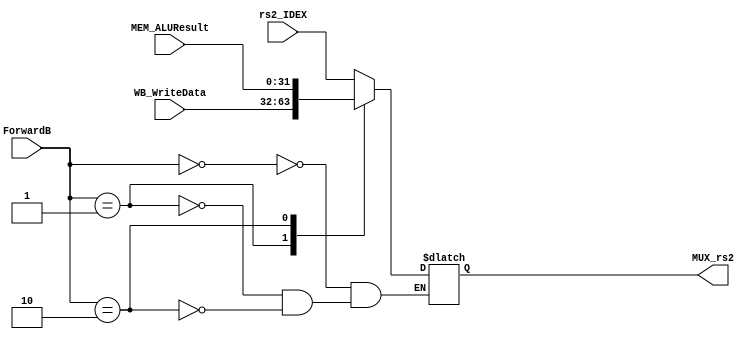
module MUX_Reg2(rs2_IDEX, WB_WriteData, MEM_ALUResult, ForwardB, MUX_rs2);

input [31:0] rs2_IDEX;
input [31:0] WB_WriteData;
input [31:0] MEM_ALUResult;
input [1:0]  ForwardB;
output reg [31:0] MUX_rs2;

always @ (rs2_IDEX, WB_WriteData, MEM_ALUResult, ForwardB, MUX_rs2)
begin
	case(ForwardB)
		2'b00: MUX_rs2 = rs2_IDEX;
		2'b01: MUX_rs2 = WB_WriteData;
		2'b10: MUX_rs2 = MEM_ALUResult;
	endcase
end

endmodule